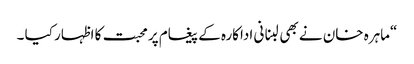
“ماہرہ خان نے بھی لبنانی اداکارہ کے پیغام پر محبت کا اظہار کیا ۔